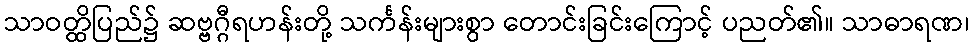
သာဝတ္ထိပြည်၌ ဆဗ္ဗဂ္ဂီရဟန်းတို့ သင်္ကန်းများစွာ တောင်းခြင်းကြောင့် ပညတ်၏။ သာဓာရဏ၊